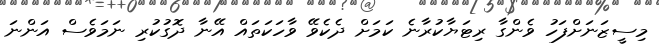
މިސީޒަނަށްފަހު ވެންގާ ރިޓަޔާކުރާނެ ކަމަށް ދެކެވޭ ވާހަކަތައް އޭނާ ދޮގުކުރި ނަމަވެސް އަންނަ